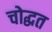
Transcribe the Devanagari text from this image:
चोद्धत